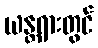
ယန္တရားတွင်